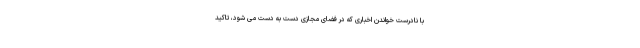
با نادرست خواندن اخباری که در فضای مجازی دست به دست می شود، تاکید